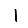
Digit: 1